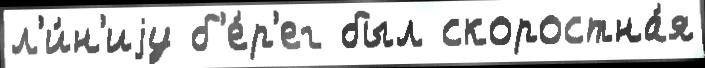
л'и́н'иjу б'е́р'ег был скоростна́я